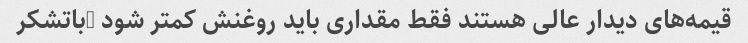
قیمه‌های دیدار عالی هستند فقط مقداری باید روغنش کمتر شود …باتشکر